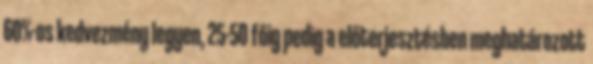
60%-os kedvezmény legyen, 25-50 főig pedig a előterjesztésben meghatározott